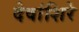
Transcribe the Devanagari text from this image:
देवांशिरे